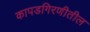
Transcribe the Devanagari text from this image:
कापडगिरणीतील